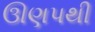
ઊણપથી